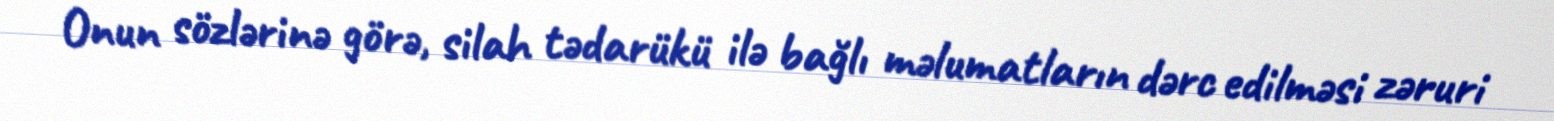
Onun sözlərinə görə, silah tədarükü ilə bağlı məlumatların dərc edilməsi zəruri